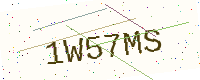
Text: 1W57MS